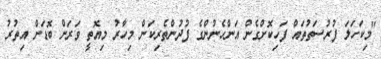
"މިކަހަލަ ފުރުސަތުތައް ފަހިކޮށްގެެން އަންހެނުންގެ ފުދުންތެރިކަން މިހާރު މިއޮތީ ވަރަށް ބޮޑަށް އިތުރު